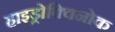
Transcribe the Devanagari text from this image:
हाइड्रोक्विनोक